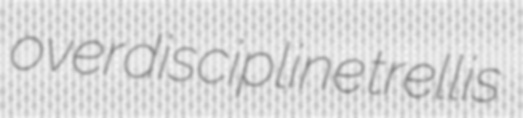
overdiscipline trellis